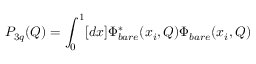
P _ { 3 q } ( Q ) = \int _ { 0 } ^ { 1 } [ d x ] \Phi _ { b a r e } ^ { * } ( x _ { i } , Q ) \Phi _ { b a r e } ( x _ { i } , Q )